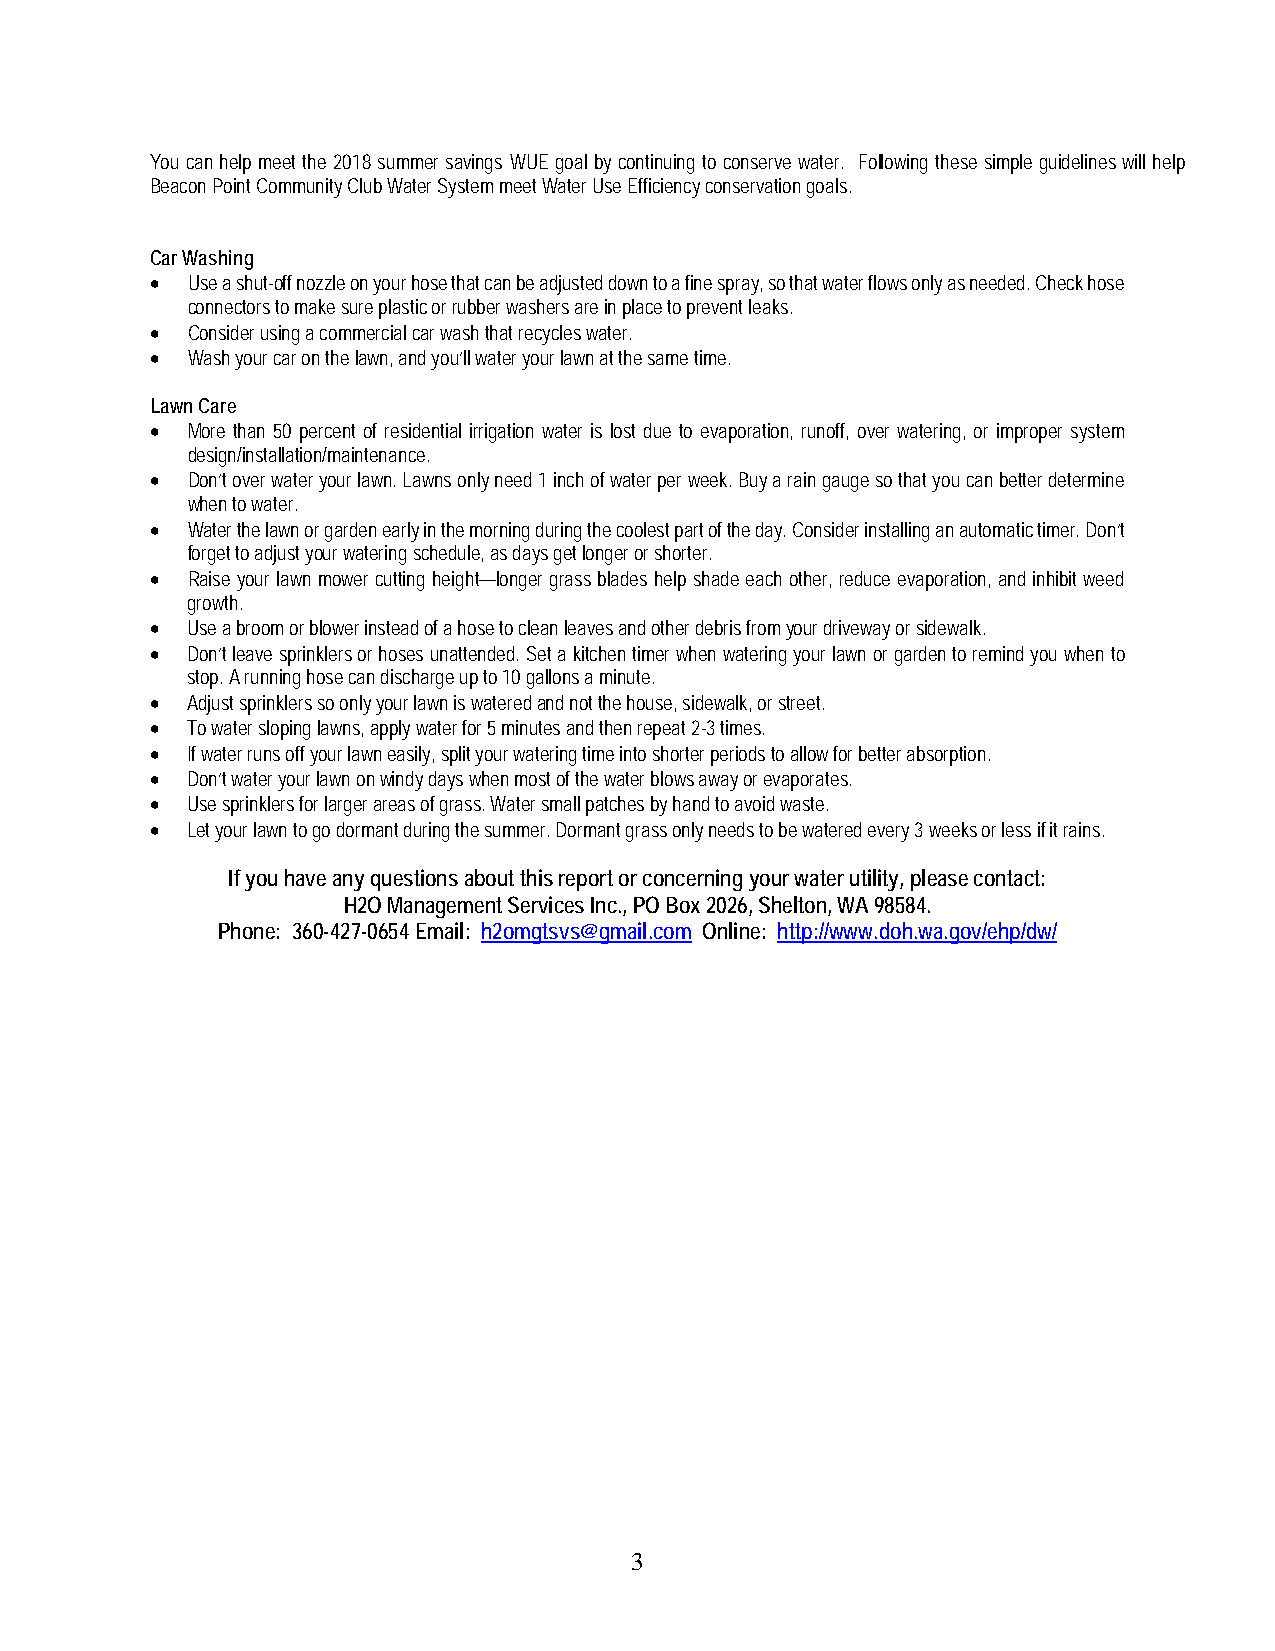
You can help meet the 2018 summer savings WUE goal by continuing to conserve water. Following these simple guidelines will help
 Beacon Point Community Club Water System meet Water Use Efficiency conservation goals.
 Car Washing
 • Use a shut-off nozzle on your hose that can be adjusted down to a fine spray, so that water flows only as needed. Check hose
 connectors to make sure plastic or rubber washers are in place to prevent leaks.
 • Consider using a commercial car wash that recycles water.
 • Wash your car on the lawn, and you’ll water your lawn at the same time.
 Lawn Care
 • More than 50 percent of residential irrigation water is lost due to evaporation, runoff, over watering, or improper system
 design/installation/maintenance.
 • Don’t over water your lawn. Lawns only need 1 inch of water per week. Buy a rain gauge so that you can better determine
 when to water.
 • Water the lawn or garden early in the morning during the coolest part of the day. Consider installing an automatic timer. Don’t
 forget to adjust your watering schedule, as days get longer or shorter.
 • Raise your lawn mower cutting height—longer grass blades help shade each other, reduce evaporation, and inhibit weed
 growth.
 • Use a broom or blower instead of a hose to clean leaves and other debris from your driveway or sidewalk.
 • Don’t leave sprinklers or hoses unattended. Set a kitchen timer when watering your lawn or garden to remind you when to
 stop. A running hose can discharge up to 10 gallons a minute.
 • Adjust sprinklers so only your lawn is watered and not the house, sidewalk, or street.
 • To water sloping lawns, apply water for 5 minutes and then repeat 2-3 times.
 • If water runs off your lawn easily, split your watering time into shorter periods to allow for better absorption.
 • Don’t water your lawn on windy days when most of the water blows away or evaporates.
 • Use sprinklers for larger areas of grass. Water small patches by hand to avoid waste.
 • Let your lawn to go dormant during the summer. Dormant grass only needs to be watered every 3 weeks or less if it rains.
 If you have any questions about this report or concerning your water utility, please contact:
 H2O Management Services Inc., PO Box 2026, Shelton, WA 98584.
 Phone: 360-427-0654 Email: h2omgtsvs@gmail.com Online: http://www.doh.wa.gov/ehp/dw/
 3